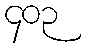
၄၀၃